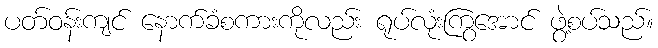
ပတ်ဝန်းကျင် နောက်ခံစကားကိုလည်း ရုပ်လုံးကြွအောင် ဖွဲ့စပ်သည်။